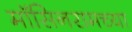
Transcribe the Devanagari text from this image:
मॉसिनरामच्या